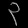
Digit: ၃